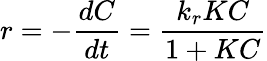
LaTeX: r=-\frac{dC}{dt}=\frac{k_{r}KC}{1+KC}